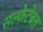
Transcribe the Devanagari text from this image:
सल्फेटेबल